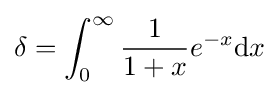
\delta =\int _{0}^{\infty }{\frac {1}{1+x}}e^{-x}\mathrm {d} x